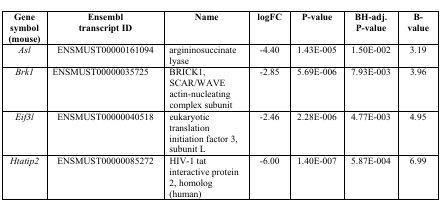
<table><thead><tr><td><b>Gene symbol (mouse)</b></td><td><b>Ensembl transcript ID</b></td><td><b>Name</b></td><td><b>logFC</b></td><td><b>P-value</b></td><td><b>BH-adj. P-value</b></td><td><b>B-value</b></td></tr></thead><tbody><tr><td>Asl</td><td>ENSMUST00000161094</td><td>argininosuccinate lyase</td><td>−4.40</td><td>1.43E-005</td><td>1.50E-002</td><td>3.19</td></tr><tr><td>Brk1</td><td>ENSMUST00000035725</td><td>BRICK1, SCAR/WAVE actin-nucleating complex subunit</td><td>−2.85</td><td>5.69E-006</td><td>7.93E-003</td><td>3.96</td></tr><tr><td>Eif3l</td><td>ENSMUST00000040518</td><td>eukaryotic translation initiation factor 3, subunit L</td><td>−2.46</td><td>2.28E-006</td><td>4.77E-003</td><td>4.95</td></tr><tr><td>Htatip2</td><td>ENSMUST00000085272</td><td>HIV-1 tat interactive protein 2, homolog (human)</td><td>−6.00</td><td>1.40E-007</td><td>5.87E-004</td><td>6.99</td></tr></tbody></table>